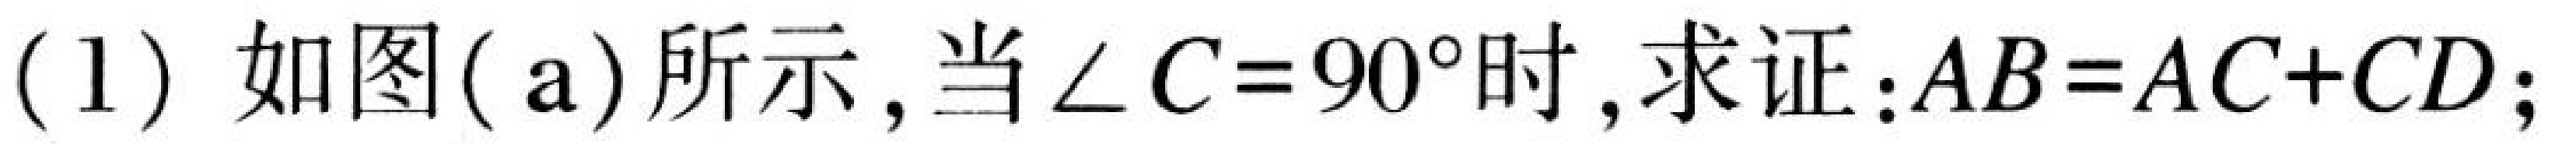
(1) 如图(a)所示, 当\(\angle C = 90^{\circ}\)时, 求证:\(AB = AC + CD\);